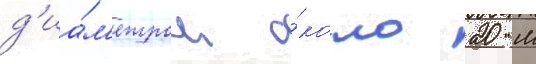
д'иа́м'етром о́коло 20 м